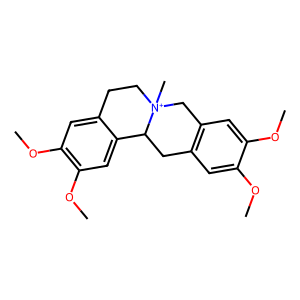
SMILES: COc1cc2c(cc1OC)C[N+]1(C)CCc3cc(OC)c(OC)cc3C1C2
Inhibits HIV replication: No